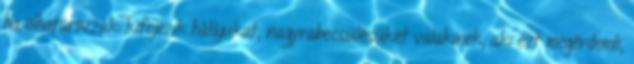
ha elhatározzák: kifejezik hálájukat, nagyrabecsülésüket valakinek, aki ezt megérdemli,